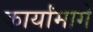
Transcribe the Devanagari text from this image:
कार्यांमागे